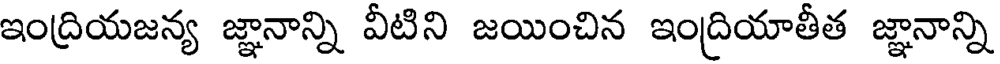
ఇంద్రియజన్య జ్ఞానాన్ని వీటిని జయించిన ఇంద్రియాతీత జ్ఞానాన్ని